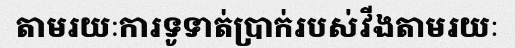
តាមរយៈការទូទាត់ប្រាក់របស់វីងតាមរយៈ